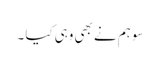
سو ہم نے بھی وہی کیا ۔